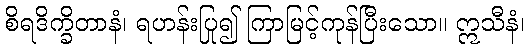
စိရဒိက္ခိတာနံ၊ ရဟန်းပြု၍ ကြာမြင့်ကုန်ပြီးသော။ ဣသီနံ၊